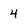
Character: 4